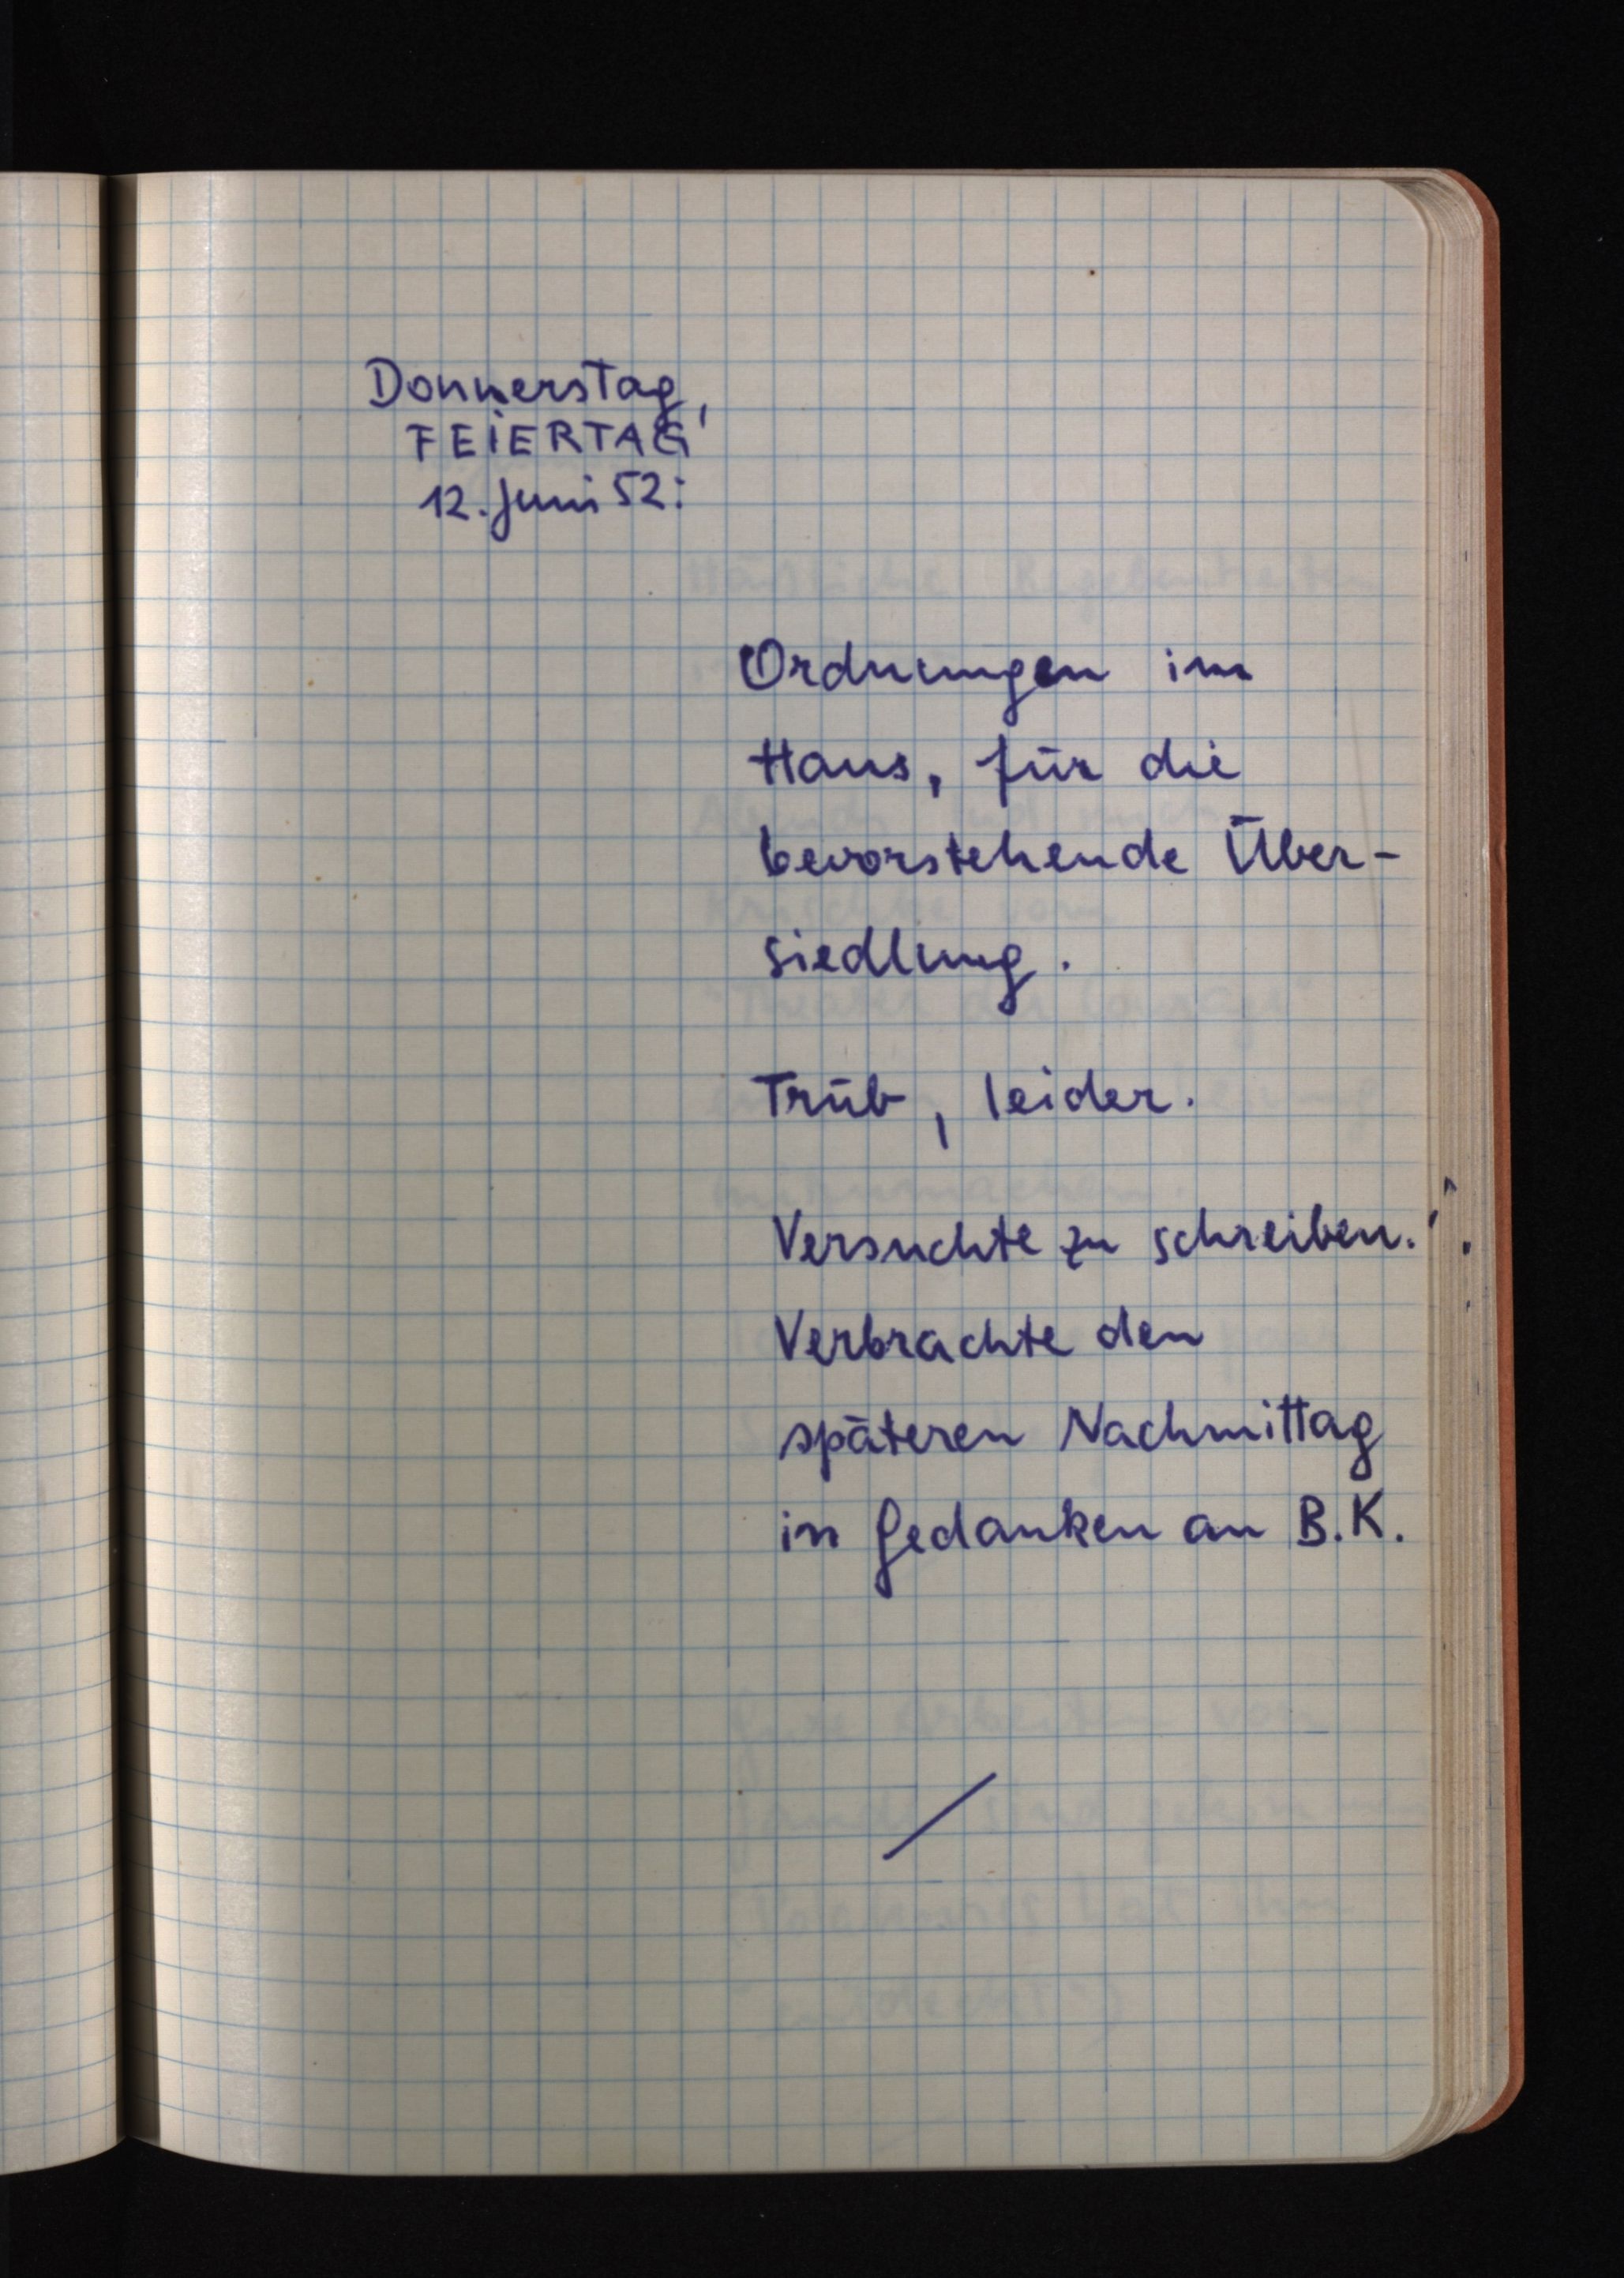
Donnerstag,
FEIERTAG
12. Juni 52:
Ordnungen im
Haus, für die
bevorstehende Über¬
siedlung.
Trüb, leider.
Versuchte zu schreiben.
Verbrachte den
späteren Nachmittag
in Gedanken an B. K.